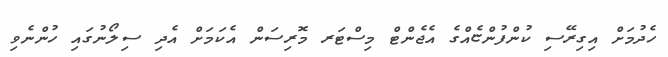
ހެދުމަށް އިގިރޭސި ކުންފުންޏެއްގެ އެޖެންޓް މިސްޓަރ މޮރިސަން އެކަމަށް އެދި ސިލޯނުގައި ހުންނެވި